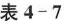
表4-7